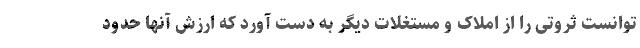
توانست ثروتی را از املاک و مستغلات دیگر به دست آورد که ارزش آنها حدود